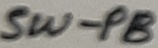
Text: SW-PB